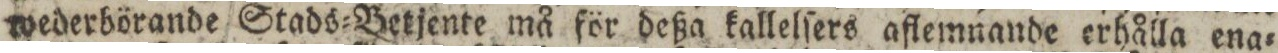
wederbörande Stads=Betjente må för deßa kallelſers aflemnande erhålla ena=